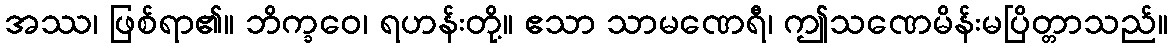
အဿ၊ ဖြစ်ရာ၏။ ဘိက္ခဝေ၊ ရဟန်းတို့။ ဧသာ သာမဏေရီ၊ ဤသဏေမိန်းမပြိတ္တာသည်။